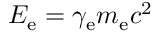
E _ { \mathrm { e } } = \gamma _ { \mathrm { e } } m _ { \mathrm { e } } c ^ { 2 }